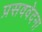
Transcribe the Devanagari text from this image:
प्रसववेदना